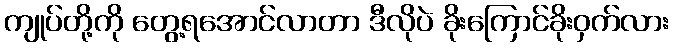
ကျုပ်တို့ကို တွေ့ရအောင်လာတာ ဒီလိုပဲ ခိုးကြောင်ခိုးဝှက်လား